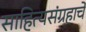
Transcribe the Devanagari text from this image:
साहित्यसंग्रहाचे